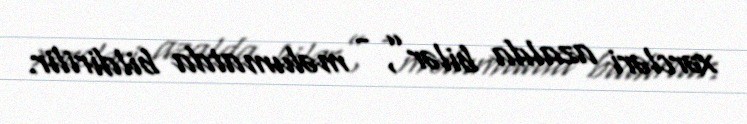
xərcləri azalda bilər”, - məlumatda bildirilir.